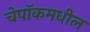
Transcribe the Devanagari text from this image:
चेपॉकमधील